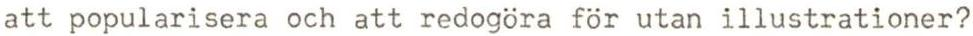
att popularisera och att redogöra för utan illustrationer?